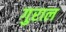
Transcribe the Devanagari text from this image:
गुराल